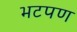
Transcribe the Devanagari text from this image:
भटपण